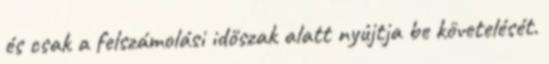
és csak a felszámolási időszak alatt nyújtja be követelését.